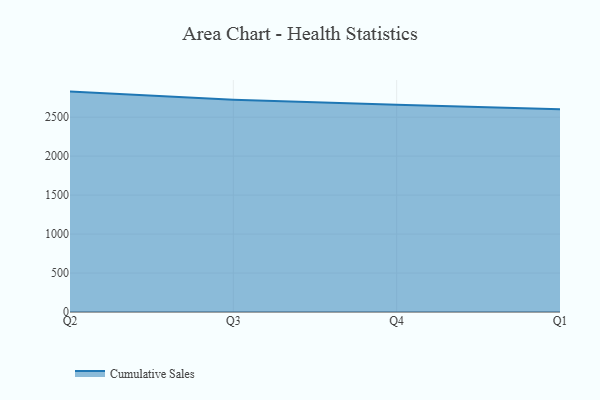
{"axis": {"x": "Quarter", "y": "Budget (USD K)"}, "legend": ["Cumulative Sales"], "data": [{"x": "Q2", "y": 2828.2, "type": "Cumulative Sales"}, {"x": "Q3", "y": 2724.7, "type": "Cumulative Sales"}, {"x": "Q4", "y": 2658.4, "type": "Cumulative Sales"}, {"x": "Q1", "y": 2600.6, "type": "Cumulative Sales"}]}